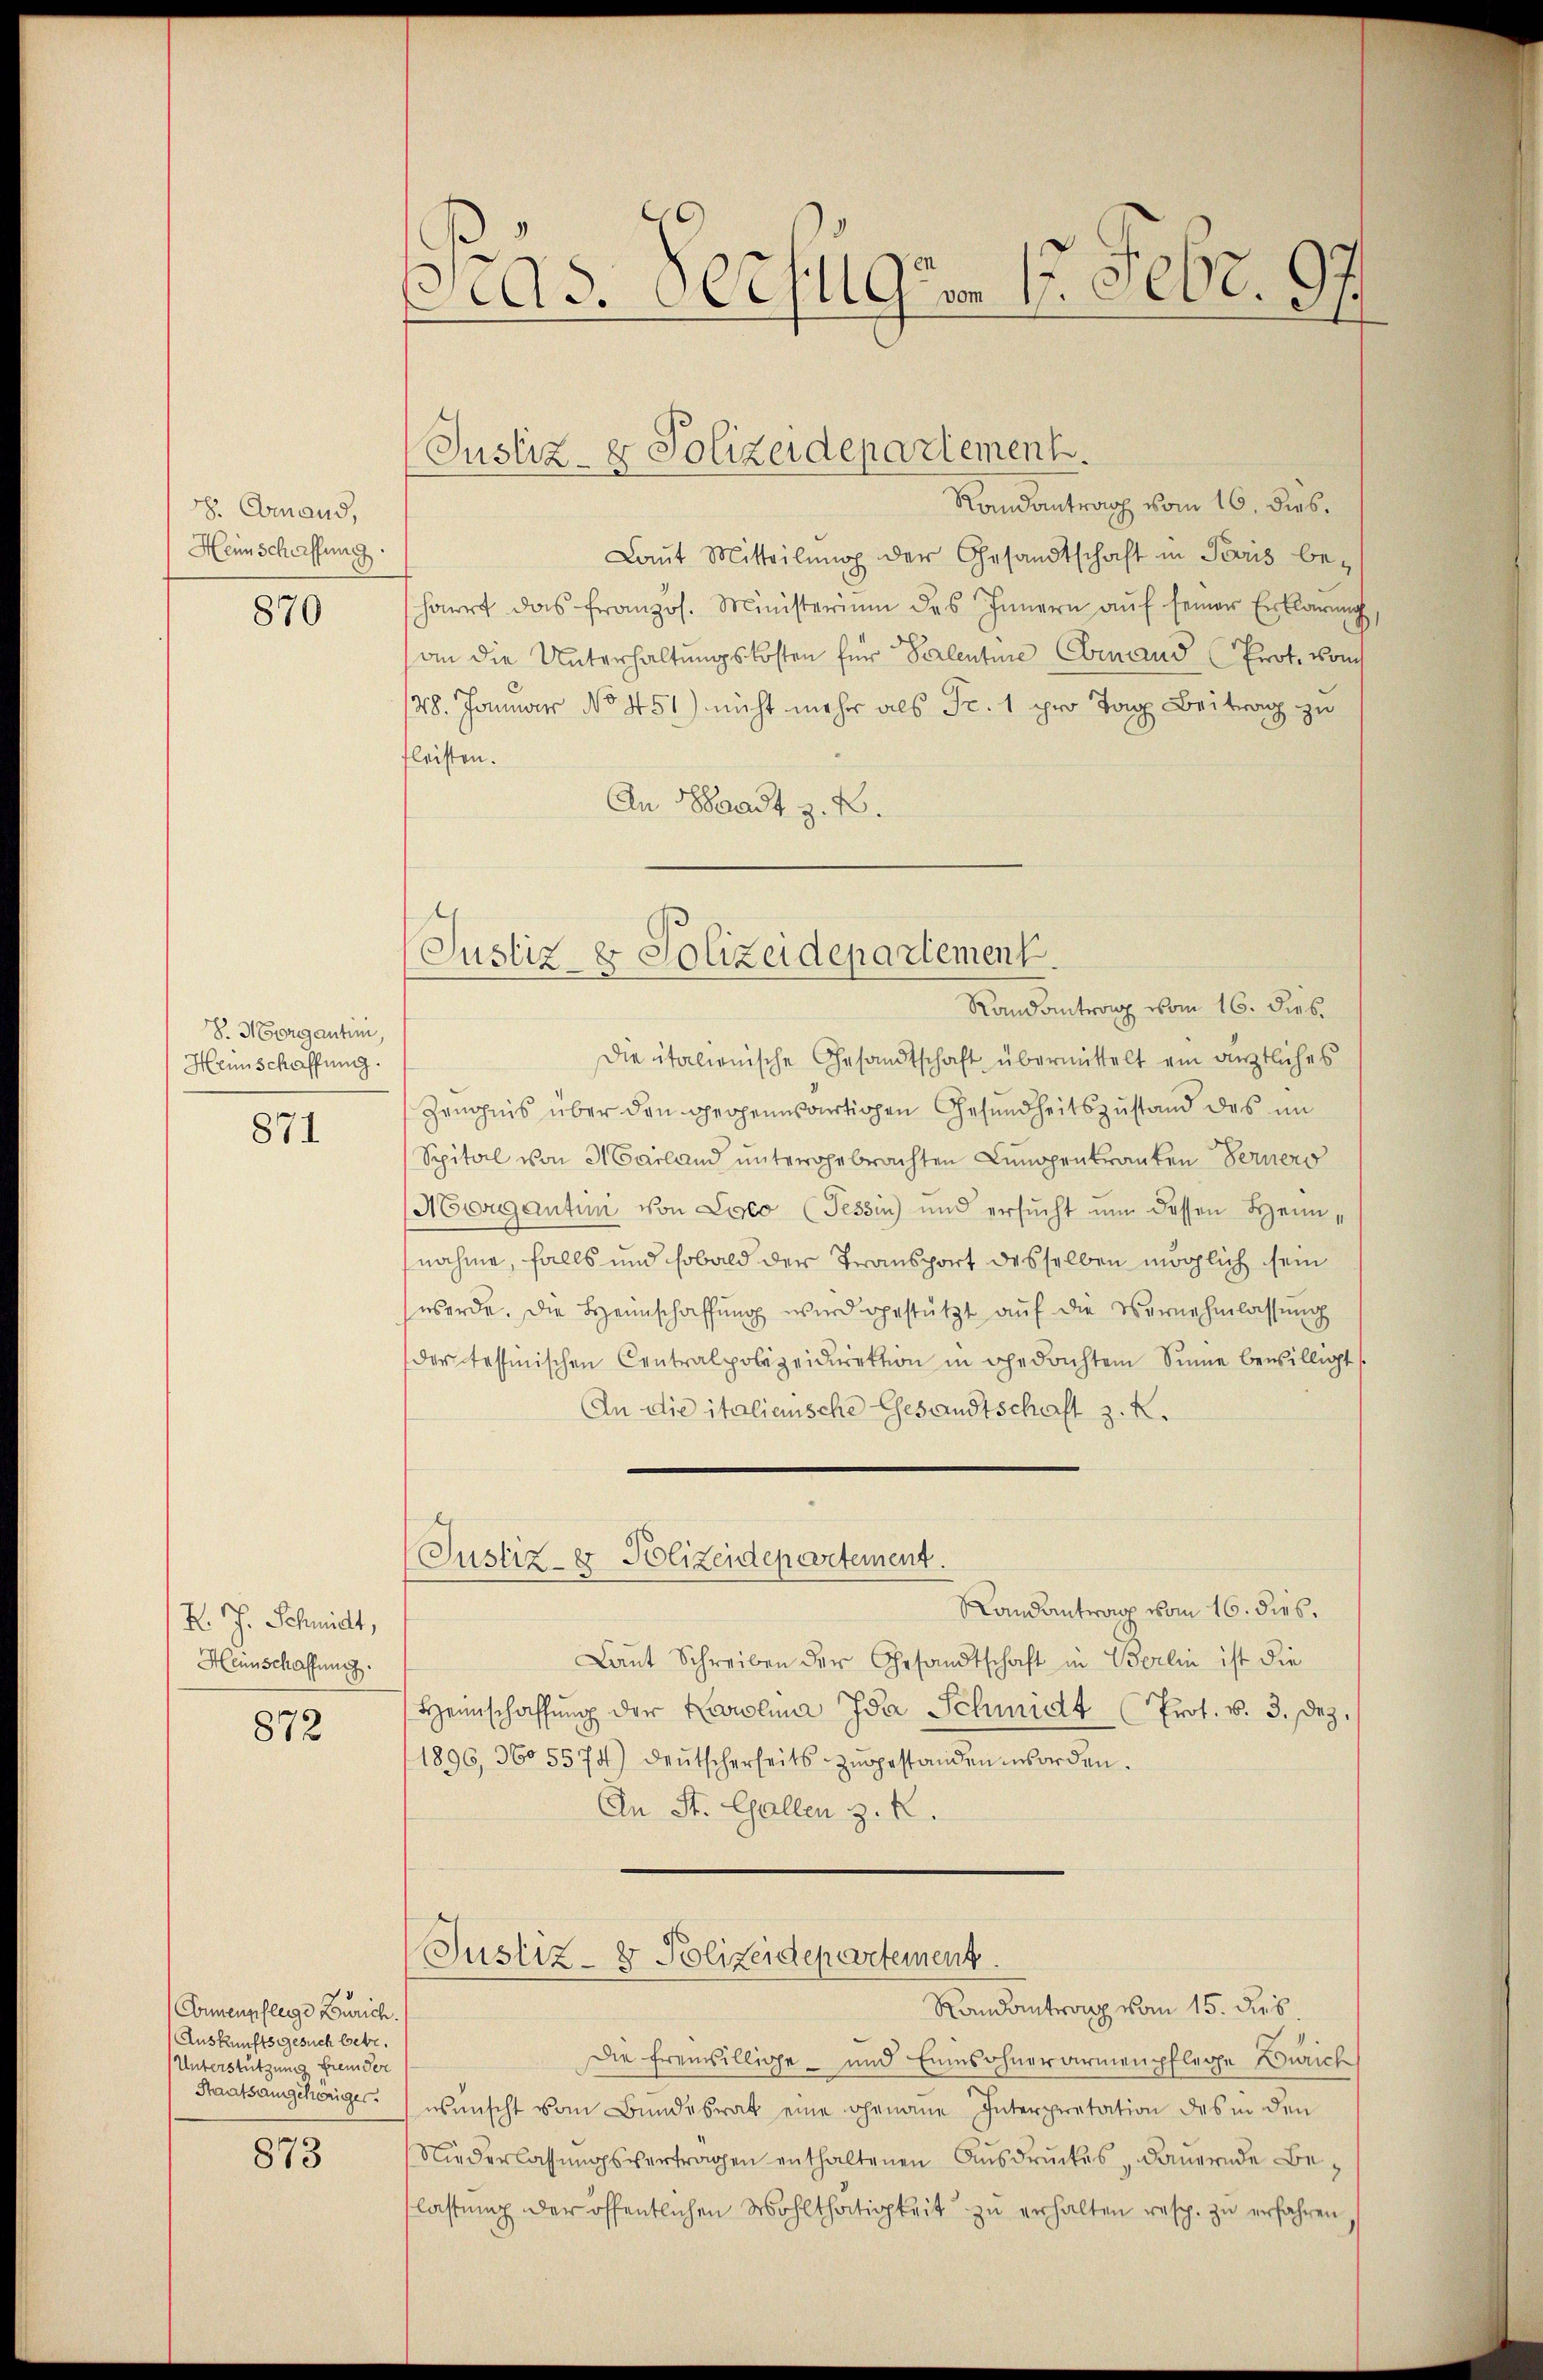
88. Emand,
Heimschaffung.

870

S. Morganten,
Heinschaffung.

871

K. J. Schmidt,
Hennschaffung.

872

Connenpflege Zürich.
Auskunftsgesuch betr.
Unterstützung fremder
Staatsangehöriger

873

Pras. Verfügen 15. Febr. 99

Randantrag vom 16. dies
Laŭt Mitteilŭng der Gesandtschaft in Paris beharrt das französ. Ministerium des Innern aŭf seiner Erklärung
an die Unterhaltungskosten für Seelentire Ernand Prot. Vom
28. Januar No 451) nicht mehr als Fr. 1 pro Tag Beitrag zu
fleisten.
An Waadt z. B.

Justiz- & Polizeidepartement.

Justiz & Polizeidepartement

Randantrag vom 16. dies.
die italienische Gesandtschaft übermittelt ein ärztliches
Zeugnis über den gegenwärtigen Gesundheitszustand des im
Spital von Mailand untergebrachten Lumopenkranten Ferners
Morgantini von Losco (Tessin und ersucht nun dessen Heimnahme, falls und sobald der Transport desselben möglich sein
werde. Die Heimschaffung wird gestützt auf die Vernehmlassung
der tessinischen Centralpolizeidirektion in gedachtem Sinne bewilligt,
An die italienische Gesandtschaft z. K.
Justiz- & Polizeidepartement.
Randantrag vom 16. dies.
Laut Schreiben der Gesandtschaft in Berlin ist die
Heinschaffŭng der Karolina Ida Schmidt (Prof. v. 3. Dez.
1896, 360 5574) deŭtscherheits zugestanden worden.
An St. Gallen z. R.

Justiz- & Polizeidepartement

Randantrag vom 15. ds.
Die freiwillige und Einesohnerarmenpflege Zürich
wünscht vom Bundesrat eine genaue Interpretation des in den
Niederlassŭngsvertragen enthaltenen Aŭsdrŭckes, dauernde Be-
flastŭng der öffentlichen Wohlthätigkeit zŭ erhalten resp. zu erfahren